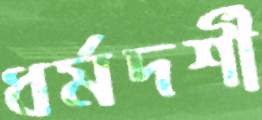
ধর্মদর্শী